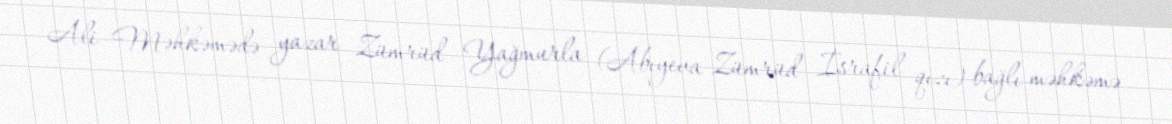
Ali Məhkəmədə yazar Zümrüd Yağmurla (Abıyeva Zümrüd İsrafil qızı) bağlı məhkəmə